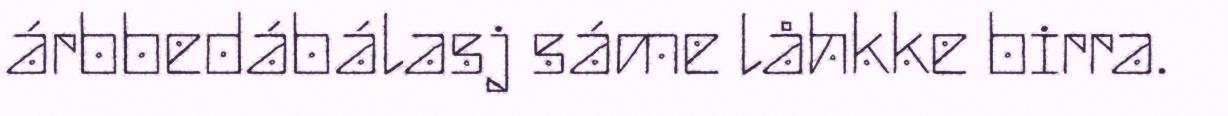
árbbedábálasj sáme låhkke birra.